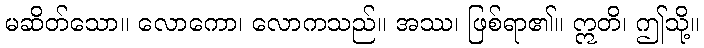
မဆိတ်သော။ လောကော၊ လောကသည်။ အဿ၊ ဖြစ်ရာ၏။ ဣတိ၊ ဤသို့။